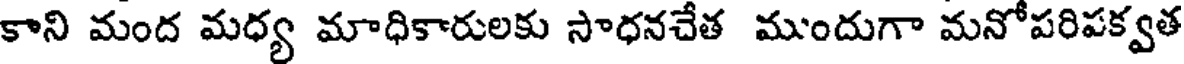
కాని మంద మధ్య మాధికారులకు సాధనచేత ముందుగా మనోపరిపక్వత